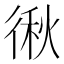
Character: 𭛻